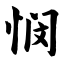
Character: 悯